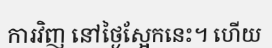
ការវិញ នៅថ្ងៃស្អែកនេះ។ ហើយ